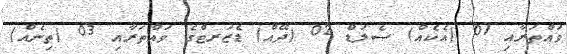
ވައްތަރާއި 01 (އެކެއް) ސެލަޑް 02 (ދޭއް) ޑެޒަރޓްގެ ވައްތަރާއި 03 (ތިނެއް)